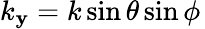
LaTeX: k_{\mathbf{y}}=k\sin\theta\sin\phi\,